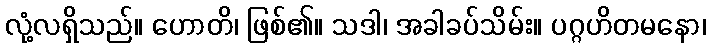
လုံ့လရှိသည်။ ဟောတိ၊ ဖြစ်၏။ သဒါ၊ အခါခပ်သိမ်း။ ပဂ္ဂဟိတမနော၊